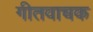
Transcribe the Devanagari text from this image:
गीतवाचक